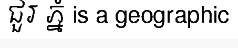
ជួរ ភ្នំ is a geographic